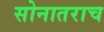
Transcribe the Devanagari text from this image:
सोनातराच